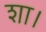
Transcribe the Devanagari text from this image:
शा।